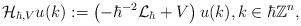
LaTeX: \begin{align*}\mathcal{H}_{\hbar,V}u(k):=\left(-\hbar^{-2}\mathcal{L}_{\hbar}+V\right)u(k),k\in\hbar\mathbb{Z}^{n},\end{align*}